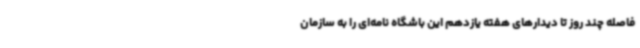
فاصله چند روز تا دیدارهای هفته یازدهم این باشگاه نامه‌ای را به سازمان